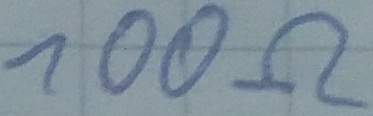
Text: 100Ω